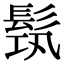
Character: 𩬰